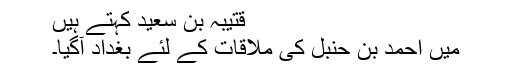
قتیبہ بن سعید کہتے ہیں
میں احمد بن حنبل کی ملاقات کے لئے بغداد آگیا۔